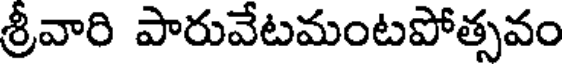
శ్రీవారి పారువేటమంటపోత్సవం